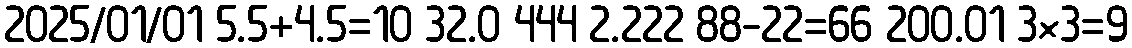
2025/01/01 5.5+4.5=10 32.0 444 2.222 88-22=66 200.01 3×3=9